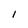
Character: l